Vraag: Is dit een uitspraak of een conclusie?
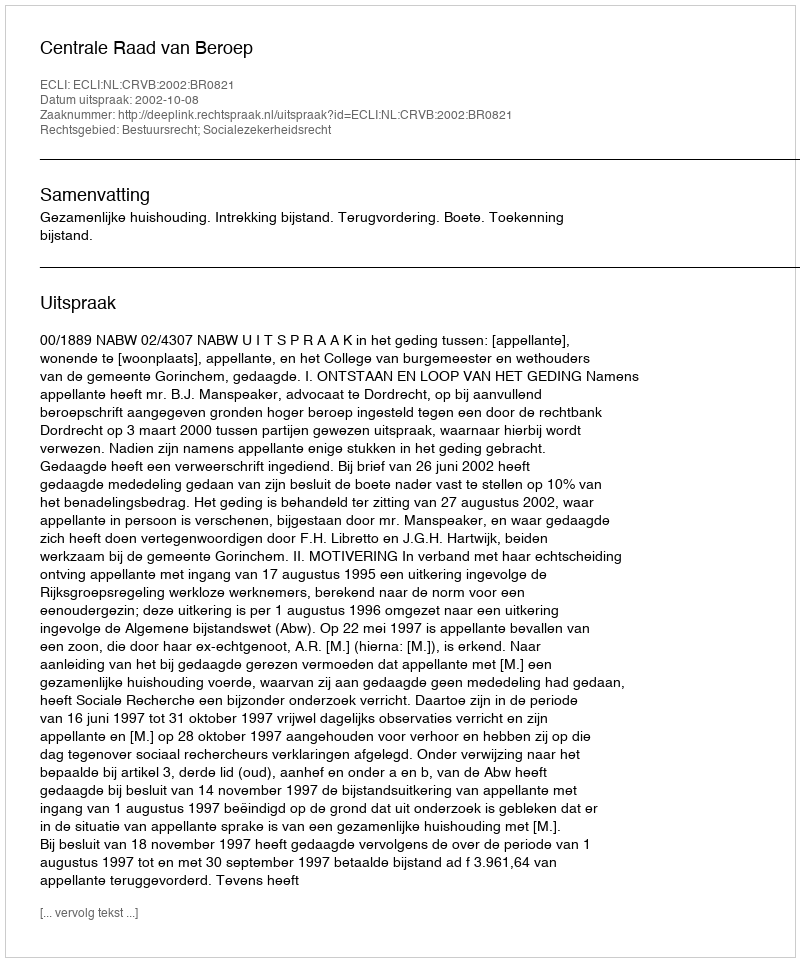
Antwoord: Uitspraak